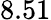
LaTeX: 8.51